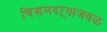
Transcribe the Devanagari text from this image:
चिखलदऱ्याजवळ